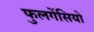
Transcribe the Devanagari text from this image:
फुलगेंसियो